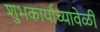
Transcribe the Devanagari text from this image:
शुभकार्याच्यावेळी